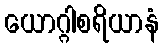
ယောဂ္ဂါစရိယာနံ